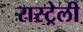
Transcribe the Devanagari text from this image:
रास्ट्रेली